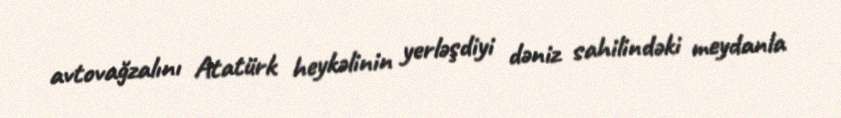
avtovağzalını Atatürk heykəlinin yerləşdiyi dəniz sahilindəki meydanla